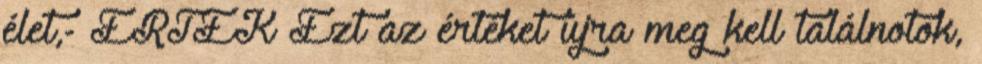
élet,- ÉRTÉK Ezt az értéket újra meg kell találnotok,